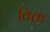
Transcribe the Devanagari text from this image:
विक्त